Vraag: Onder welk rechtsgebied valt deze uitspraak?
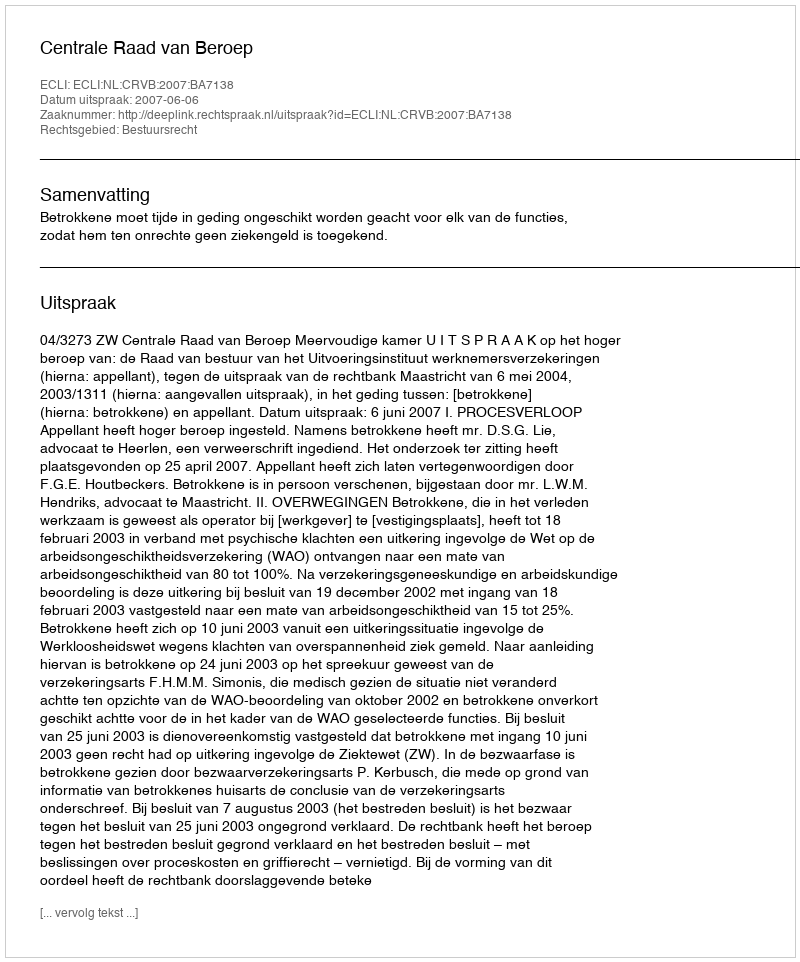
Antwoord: Bestuursrecht